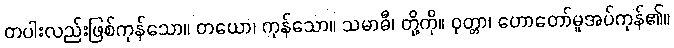
တပါးလည်းဖြစ်ကုန်သော။ တယော၊ ကုန်သော။ သမာဓီ၊ တို့ကို။ ဝုတ္တာ၊ ဟောတော်မူအပ်ကုန်၏။